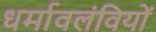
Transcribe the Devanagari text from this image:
धर्मावलंवियों